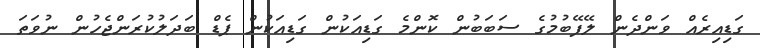
ގަޑިއިރެއް ވަންދެން ލޭފޭބުމުގެ ސަބަބުން ކޮންމެ ގަޑިއަކުން ގަޑިއަކުން ޕެޑް ބަދަލުކުރަންޖެހުން ނުވަތަ